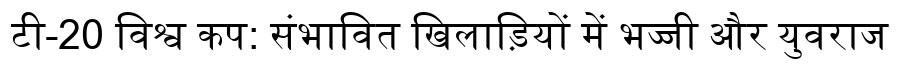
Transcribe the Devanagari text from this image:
टी-20 विश्व कप: संभावित खिलाड़ियों में भज्जी और युवराज